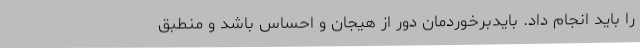
را باید انجام داد. بایدبرخوردمان دور از هیجان و احساس باشد و منطبق